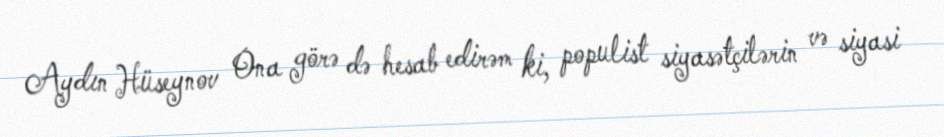
Aydın Hüseynov Ona görə də hesab edirəm ki, populist siyasətçilərin və siyasi